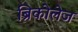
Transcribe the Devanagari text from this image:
ब्रिकोलेज